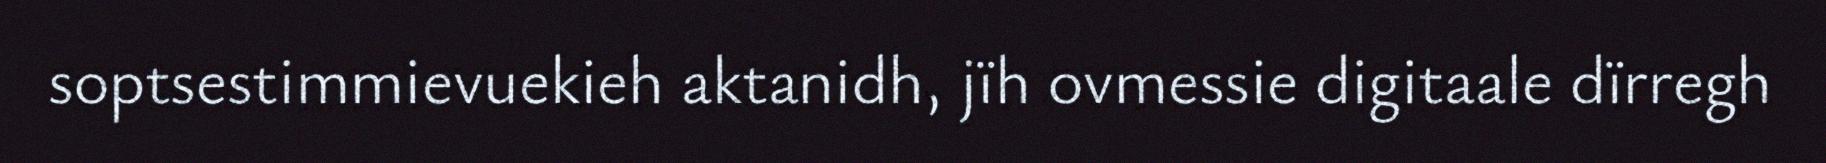
soptsestimmievuekieh aktanidh, jïh ovmessie digitaale dïrregh